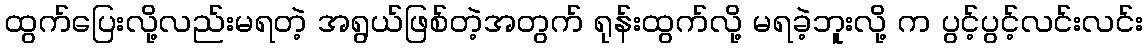
ထွက်ပြေးလို့လည်းမရတဲ့ အရွယ်ဖြစ်တဲ့အတွက် ရုန်းထွက်လို့ မရခဲ့ဘူးလို့ က ပွင့်ပွင့်လင်းလင်း